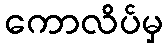
ကောလိပ်မှ